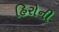
હિરોની